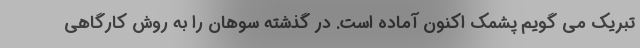
تبریک می گویم پشمک اکنون آماده است. در گذشته سوهان را به روش کارگاهی